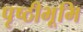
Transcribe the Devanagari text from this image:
पृष्ठीभूमि